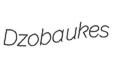
Dzoba ukes